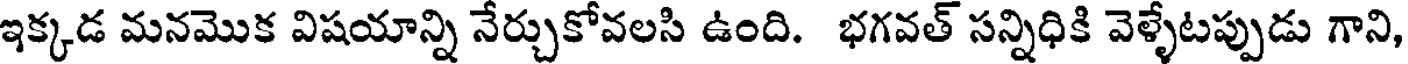
ఇక్కడ మనమొక విషయాన్ని నేర్చుకోవలసి ఉంది. భగవత్ సన్నిధికి వెళ్ళేటప్పుడు గాని,